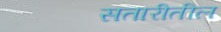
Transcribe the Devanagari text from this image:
सतारीतील